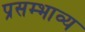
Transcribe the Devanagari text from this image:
प्रसम्भाव्य